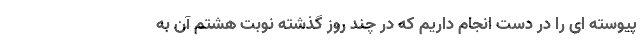
پیوسته ای را در دست انجام داریم که در چند روز گذشته نوبت هشتم آن به